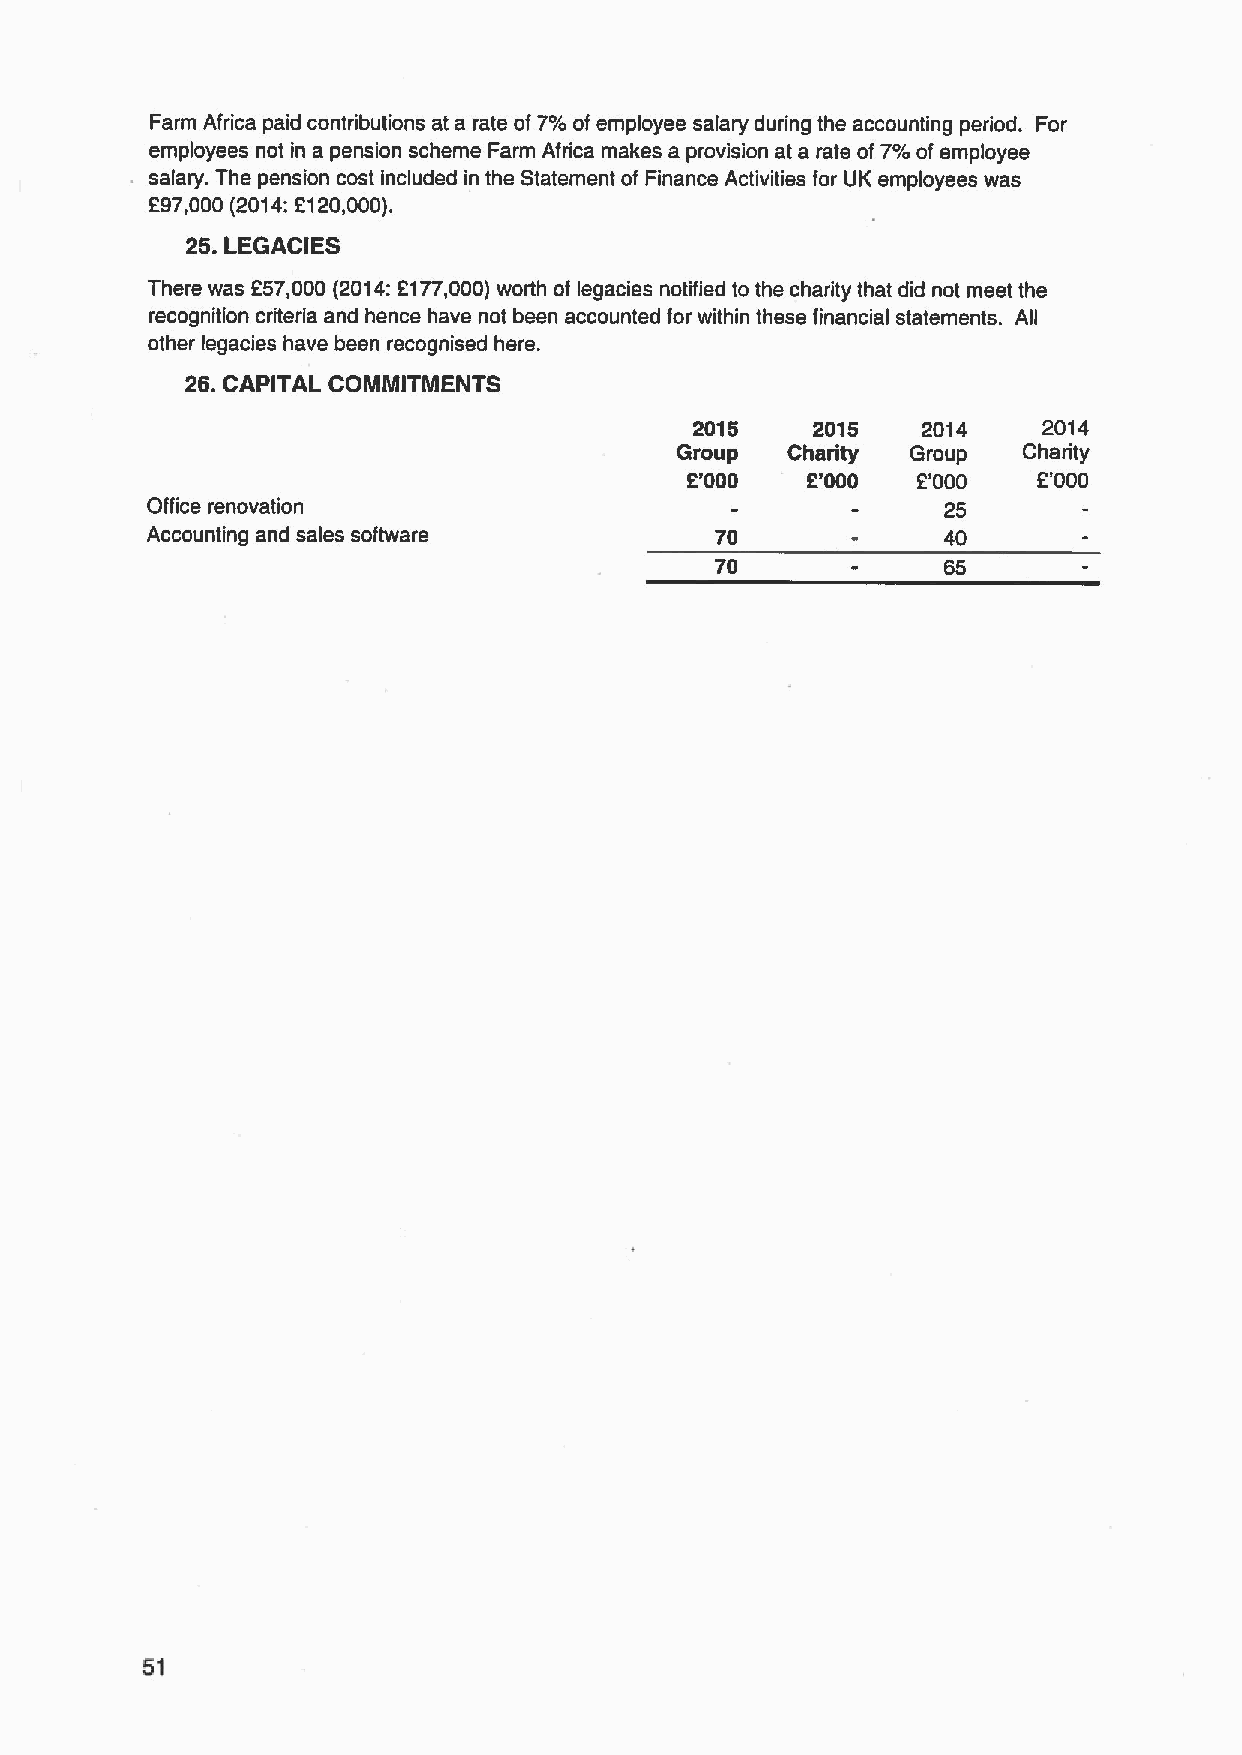
Farm Africa paid contributions at a rate of7'/0 of employee salary during the accounting period. For
 employees not in a pension scheme Farm Africa makes a provision at a rate of7/o of employee
 salary. The pension cost included in the Statement of Finance Activities for UK employees was
 297,000 (2014:2120,000).
 25.LEGACIES
 There was 257,000 (2014:2177,000)worth of legacies notified to the charity that did not meet the
 recognition criteria and hence have not been accounted for within these financial statements. All
 other legacies have been recognised here.
 26.CAPITAL COMMITMENTS
 2015    2015   2014    2014
 Group  Charity Group   Charity
 2'000   2'000   2'000   2'000
 Office renovation                                    25
 Accounting and sales software        70              40
 70              65